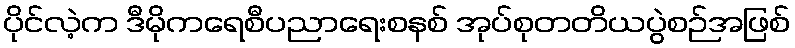
ပိုင်လဲ့က ဒီမိုကရေစီပညာရေးစနစ် အုပ်စုတတိယပွဲစဉ်အဖြစ်